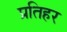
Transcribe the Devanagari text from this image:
प्रतिहर